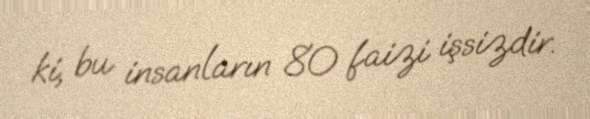
ki, bu insanların 80 faizi işsizdir.